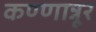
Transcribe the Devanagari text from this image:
कण्णान्नूर